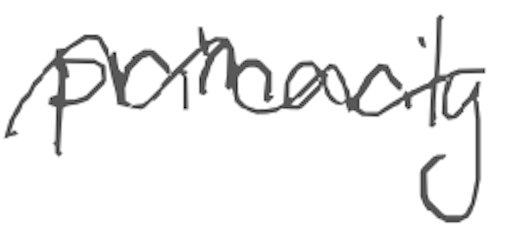
Text: primarily
Cross-out: wave
Writing tool: digital_gray